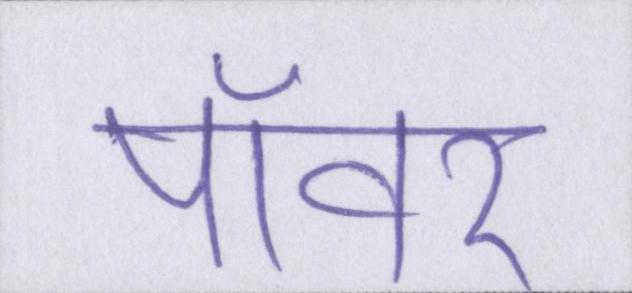
पॉवर